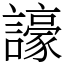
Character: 譹